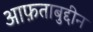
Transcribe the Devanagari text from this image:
आफ़ताबुद्दीन